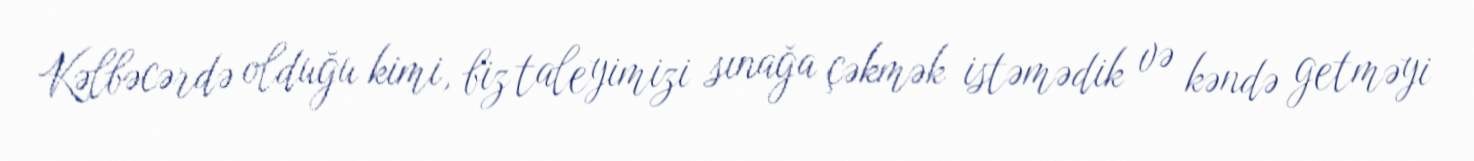
Kəlbəcərdə olduğu kimi, biz taleyimizi sınağa çəkmək istəmədik və kəndə getməyi